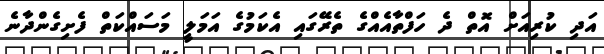
އަދި ކުރިއަށް އޮތް ދެ ހަފްތާއެއްގެ ތެރޭގައި އެކަމުގެ އަމަލީ މަސައްކަތް ފެށިގެންދާނެ